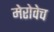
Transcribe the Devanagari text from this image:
मेरोवेच